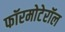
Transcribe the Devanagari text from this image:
फॉरमोटेरॉल